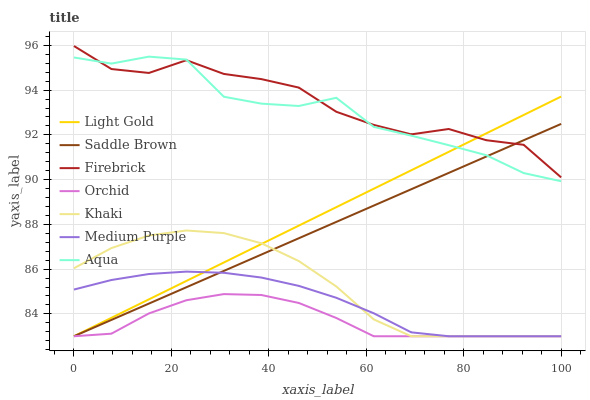
| xaxis_label | Light Gold | Saddle Brown | Firebrick | Orchid | Khaki | Medium Purple | Aqua |
 | --- | --- | --- | --- | --- | --- | --- | --- |
 | 0 | 83 | 83 | 96 | 83 | 86 | 85.1 | 95.5 |
 | 7.69 | 83.8 | 83.7 | 94.9 | 83.1 | 86.9 | 85.5 | 95.2 |
 | 15.4 | 84.6 | 84.5 | 94.8 | 84 | 87.5 | 85.8 | 95.5 |
 | 23.1 | 85.5 | 85.2 | 95.3 | 84.6 | 87.7 | 85.9 | 95.4 |
 | 30.8 | 86.3 | 85.9 | 94.7 | 84.9 | 87.6 | 85.8 | 93.7 |
 | 38.5 | 87.1 | 86.7 | 94.5 | 84.8 | 87.2 | 85.6 | 93.4 |
 | 46.2 | 87.9 | 87.4 | 94.1 | 84.5 | 86.4 | 85.3 | 93.3 |
 | 53.8 | 88.8 | 88.1 | 93 | 83.8 | 85.2 | 84.7 | 93.7 |
 | 61.5 | 89.6 | 88.8 | 92.4 | 83 | 83.8 | 84 | 92.4 |
 | 69.2 | 90.4 | 89.6 | 92 | 83 | 83 | 83.2 | 92 |
 | 76.9 | 91.2 | 90.3 | 92.3 | 83 | 83 | 83 | 91.5 |
 | 84.6 | 92.1 | 91 | 91.8 | 83 | 83 | 83 | 91.1 |
 | 92.3 | 92.9 | 91.8 | 91.6 | 83 | 83 | 83 | 90.3 |
 | 100 | 93.7 | 92.5 | 90.1 | 83 | 83 | 83 | 89.9 |